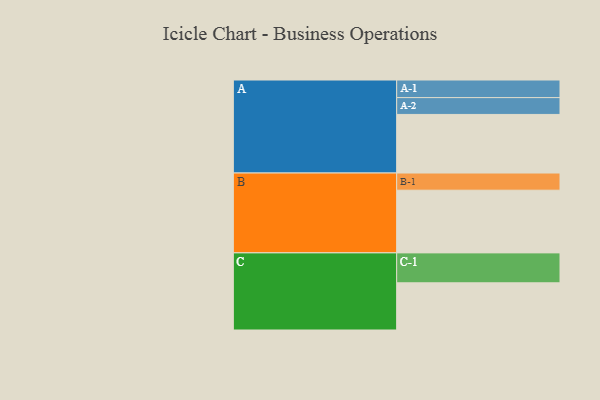
{"axis": {"x": "Segment", "y": "Value"}, "legend": ["", "A", "B", "C"], "data": [{"x": "A", "y": 556, "type": ""}, {"x": "B", "y": 595, "type": ""}, {"x": "C", "y": 448, "type": ""}, {"x": "A-1", "y": 167, "type": "A"}, {"x": "A-2", "y": 160, "type": "A"}, {"x": "B-1", "y": 163, "type": "B"}, {"x": "C-1", "y": 284, "type": "C"}]}